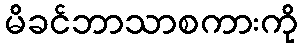
မိခင်ဘာသာစကားကို